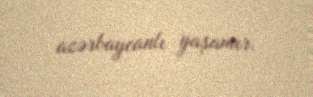
azərbaycanlı yaşamır.